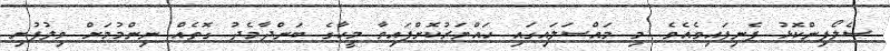
ސެލޯފިންކޮޅު ފެނިފައިވެއެވެ. މި މައްސަލައިގައި ހައްޔަރުކޮށްފައިވާ މީހާގެ ބަންދާމެދު ގޮތެއް ނިންމުމަށް ވިލުފުށި